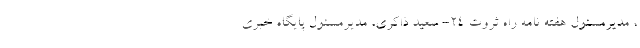
، مدیرمسئول هفته نامه راه ثروت ۲۴- سعید ذاکری، مدیرمسئول پایگاه خبری